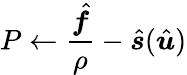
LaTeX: P\gets\frac{\hat{\boldsymbol f}}{\rho}-\hat{\boldsymbol s}(\hat{\boldsymbol u})